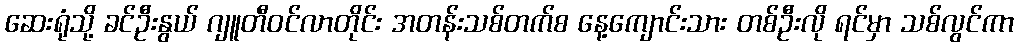
ဆေးရုံသို့ ခင်ဦးနွယ် ဂျူတီဝင်လာတိုင်း အတန်းသစ်တက်စ နေ့ကျောင်းသား တစ်ဦးလို ရင်မှာ သစ်လွင်ကာ